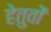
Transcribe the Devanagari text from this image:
हेतुवों